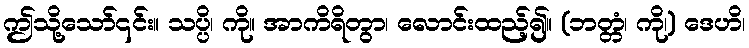
ဤသို့သော်၎င်း။ သပ္ပိ၊ ကို။ အာကိရိတွာ၊ လောင်းထည့်၍။ (ဘတ္တံ၊ ကို၊) ဒေဟိ၊